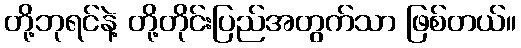
တို့ဘုရင်နဲ့ တို့တိုင်းပြည်အတွက်သာ ဖြစ်တယ်။